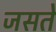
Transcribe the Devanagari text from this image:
जसते